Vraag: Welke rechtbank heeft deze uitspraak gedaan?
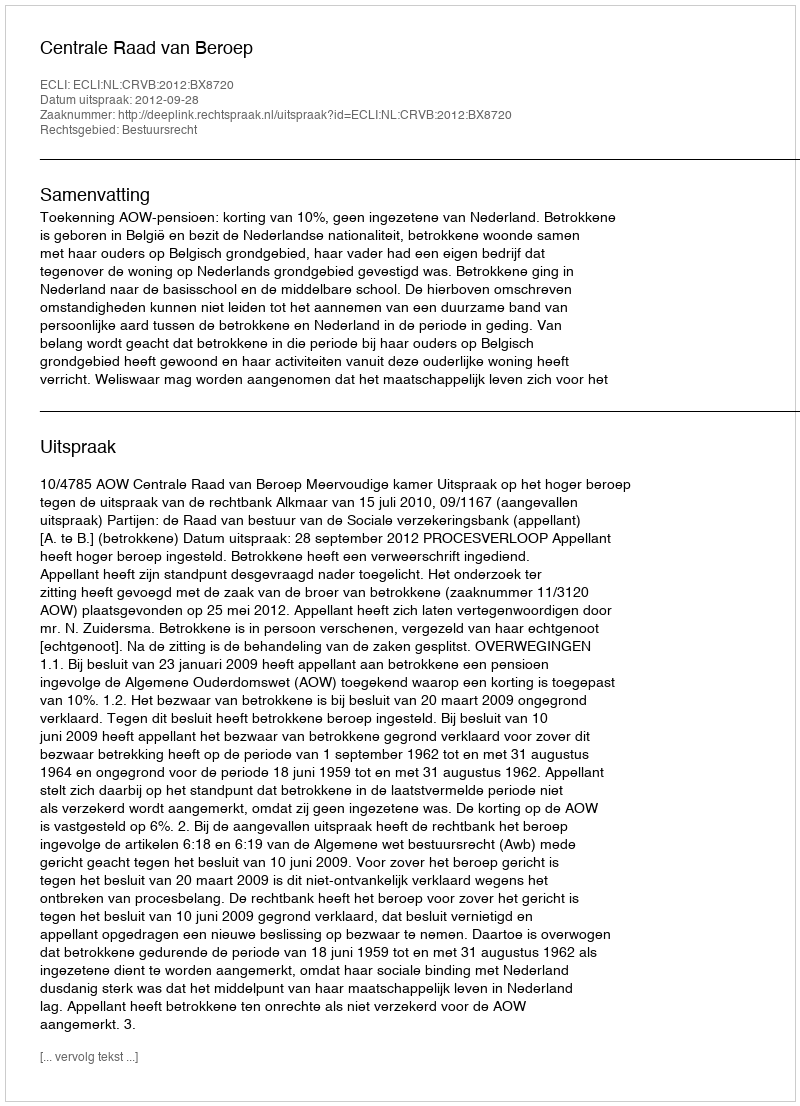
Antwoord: Centrale Raad van Beroep